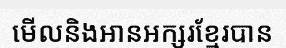
មើលនិងអានអក្សរខ្មែរបាន